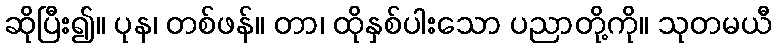
ဆိုပြီး၍။ ပုန၊ တစ်ဖန်။ တာ၊ ထိုနှစ်ပါးသော ပညာတို့ကို။ သုတမယီ